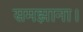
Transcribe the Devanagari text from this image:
समझाना।